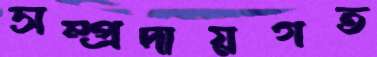
সম্প্রদায়গত